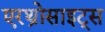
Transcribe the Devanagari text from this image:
एरथ्रोसाइट्स